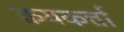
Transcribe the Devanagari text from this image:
क्रयकर्त्ता